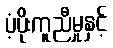
ပံ့ပိုးကူညီမှုနှင့်